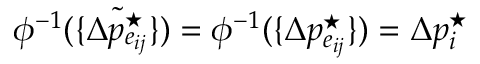
\phi ^ { - 1 } ( \{ \tilde { \Delta p _ { e _ { i j } } ^ { \star } } \} ) = \phi ^ { - 1 } ( \{ \Delta p _ { e _ { i j } } ^ { \star } \} ) = \Delta p _ { i } ^ { \star }